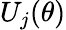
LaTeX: U_{j}(\theta)